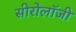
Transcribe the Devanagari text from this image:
सीरोलॉजी